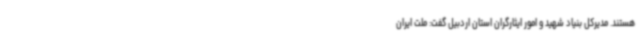
هستند. مدیرکل بنیاد شهید و امور ایثارگران استان اردبیل گفت: ملت ایران